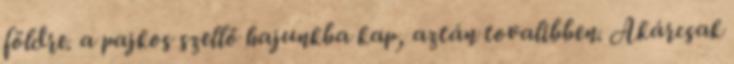
földre. a pajkos szellő hajunkba kap, aztán tovalibben. Akárcsak